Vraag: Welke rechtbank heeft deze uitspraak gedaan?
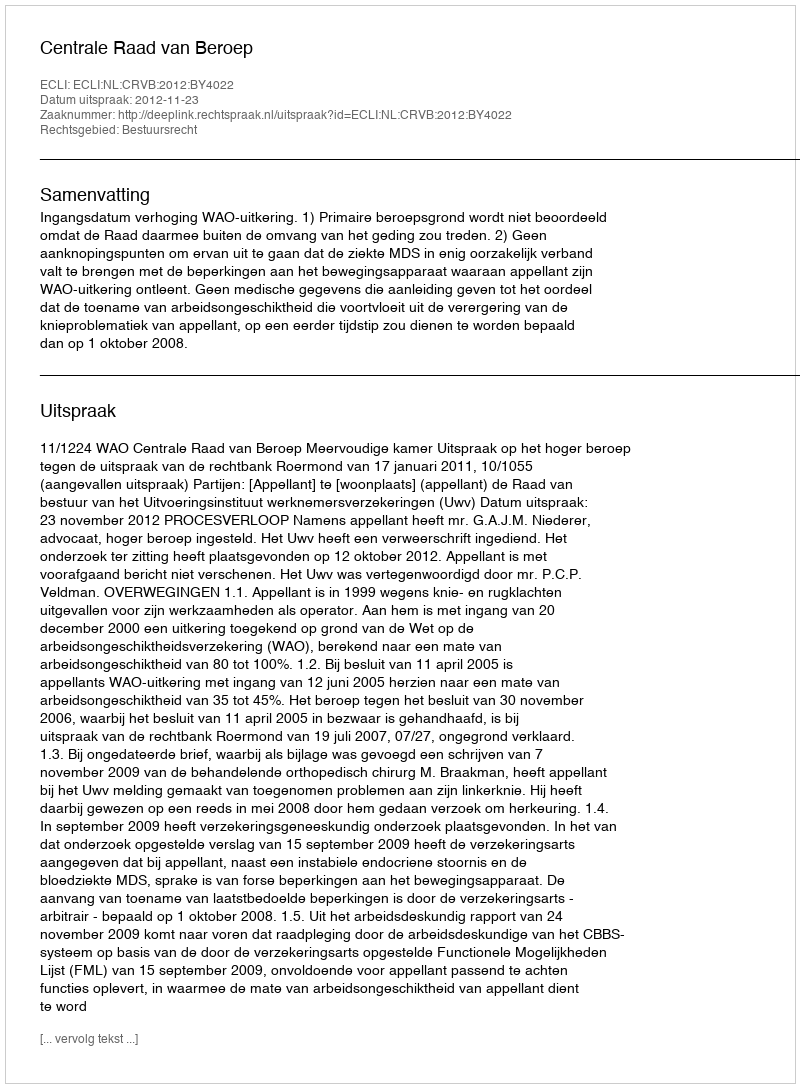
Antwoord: Centrale Raad van Beroep